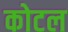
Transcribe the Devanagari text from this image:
कोटल